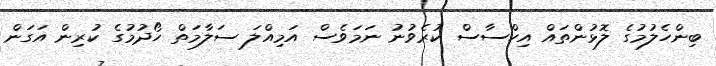
ބިންހެލުމުގެ ލޮޅުންތައް އިހްސާސް ކުރެވުނު ނަމަވެސް އަމިއްލަ ސަލާމަތް ހޯދުމުގެ ކުރިން އަގަން